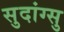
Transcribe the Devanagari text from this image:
सुदांग्सु